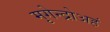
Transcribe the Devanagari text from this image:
मृगेन्द्रोअहं